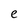
Character: e